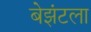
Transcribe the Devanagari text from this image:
बेझंटला